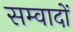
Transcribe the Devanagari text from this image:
सम्वादों